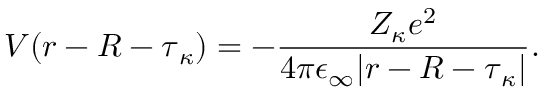
V ( \boldsymbol { r } - \boldsymbol { R } - \boldsymbol { \tau } _ { \kappa } ) = - \frac { Z _ { \kappa } e ^ { 2 } } { 4 \pi \epsilon _ { \infty } | \boldsymbol { r } - \boldsymbol { R } - \boldsymbol { \tau } _ { \kappa } | } .